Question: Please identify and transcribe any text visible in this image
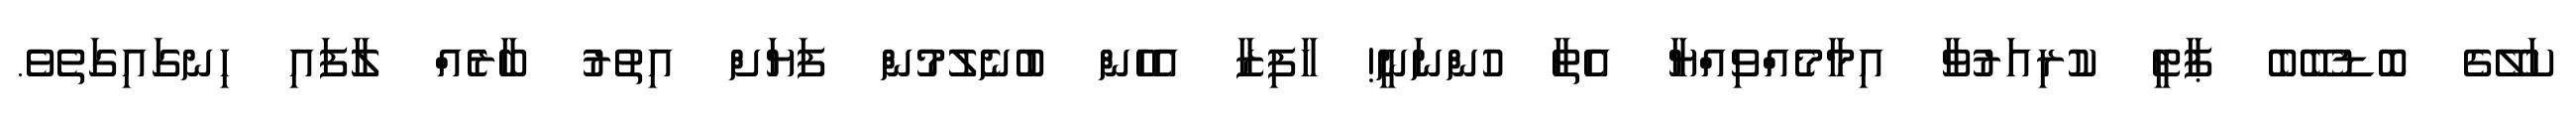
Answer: ކަލޭގެ ބޮޑުބޭބެ ޕާޓީ ކުރިއަރުވާ އިމާމެއްވިއްޔާ އެތާ ހުންނަނީ! ހާފިޒާ އެހެން ބުނެލުމުން ފަޔަށް އިތުރު ބާރެއް ލާފައި ހިނގައިގަތެވެ.